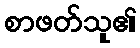
စာဖတ်သူ၏